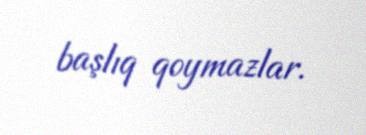
başlıq qoymazlar.